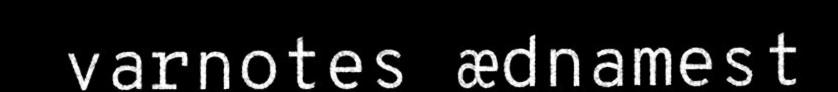
varnotes ædnamest